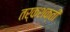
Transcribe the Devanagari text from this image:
तर्कशक्ती